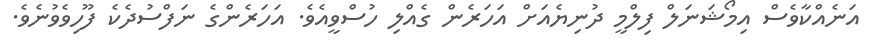
އަނެއްކާވެސް އިމޯޝަނަލް ފިލްމީ ދުނިޔެއަށް އަހަރެން ގެއްލި ހުސްވީއެވެ. އަހަރެންގެ ނަފްސުދެކެ ފޫހިވެވުނެވެ.